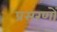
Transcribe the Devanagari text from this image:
प्रसरणों